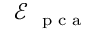
\mathcal E _ { \mathrm { ~ \scriptsize ~ p ~ c ~ a ~ } }